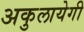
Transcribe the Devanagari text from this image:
अकुलायेगी